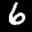
Label: 6